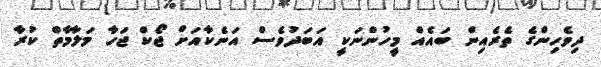
ދިވެހިންގެ ތެރެއިން ބައެއް މީހުންނަކީ އަބަދުވެސް އަނެކާއަށް ޖޯކް ޖަހާ މަލާމާތް ކުރާ